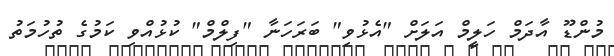
މުންޑޫ އާދަމް ހަލީމް އަލަށް "އެޅުވި" ބަރަހަނާ "ފިލްމް" ކުޅުއްވި ކަމުގެ ތުހުމަތު